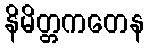
နိမိတ္တကတေန